Civil Veterinary Dept. North-West Frontier Province 1933-46 - 1933-1946
Year: 1933
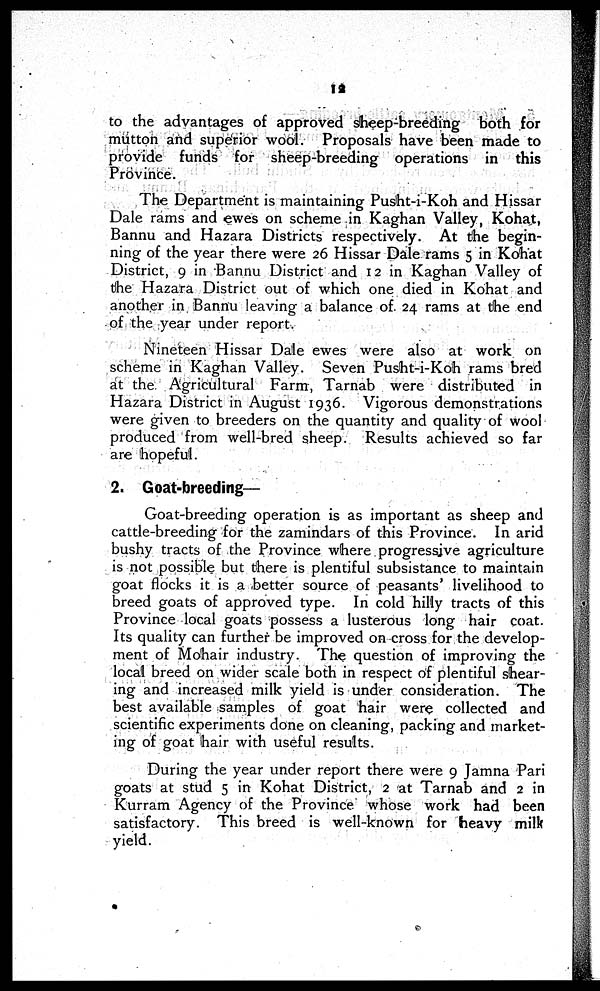
12
to the advantages of approved sheep-breeding both for
mutton and superior wool. Proposals have been made to
provide funds for sheep-breeding operations in this
Province.
The Department is maintaining Pusht-i-Koh and Hissar
Dale rams and ewes on scheme in Kaghan Valley, Kohat,
Bannu and Hazara Districts respectively. At the begin-
ning of the year there were 26 Hissar Dale rams 5 in Kohat
District, 9 in Bannu District and 12 in Kaghan Valley of
the Hazara District out of which one died in Kohat and
another in Bannu leaving a balance of. 24 rams at the end
of the year under report.
Nineteen Hissar Dale ewes were also at work on
scheme in Kaghan Valley. Seven Pusht-i-Koh rams bred
at the Agricultural Farm, Tarnab were distributed in
Hazara District in August 1936. Vigorous demonstrations
were given to breeders on the quantity and quality of wool
produced from well-bred sheep. Results achieved so far
are hopeful.
2. Goat-breeding—
Goat-breeding operation is as important as sheep and
cattle-breeding for the zamindars of this Province. In arid
bushy tracts of the Province where progressive agriculture
is not possible but there is plentiful subsistance to maintain
goat flocks it is a better source of peasants' livelihood to
breed goats of approved type. In cold hilly tracts of this
Province local goats possess a lusterous long hair coat.
Its quality can further be improved on cross for the develop-
ment of Mohair industry. The question of improving the
local breed on wider scale both in respect of plentiful shear-
ing and increased milk yield is under consideration. The
best available samples of goat hair were collected and
scientific experiments done on cleaning, packing and market-
ing of goat hair with useful results.
During the year under report there were 9 Jamna Pari
goats at stud 5 in Kohat District, 2 at Tarnab and 2 in
Kurram Agency of the Province whose work had been
satisfactory. This breed is well-known for heavy milk
yield.